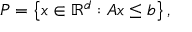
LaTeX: P = \left\{ x \in \mathbb { R } ^ { d } : A x \leq b \right\} ,